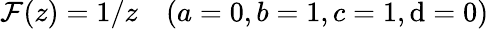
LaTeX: \mathcal{F}(z)=1/z\quad(a=0,b=1,c=1,\mathrm{d}=0)